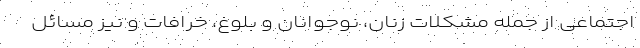
اجتماعی از جمله مشکلات زنان، نوجوانان و بلوغ، خرافات و نیز مسائل